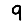
Digit: 9